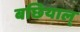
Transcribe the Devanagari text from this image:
बछियाल्